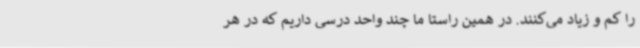
را کم و زیاد می‌کنند. در همین راستا ما چند واحد درسی داریم که در هر